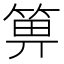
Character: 箅